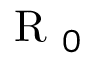
\mathrm { ~ R ~ } _ { 0 }